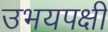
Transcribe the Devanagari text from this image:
उभयपक्षी